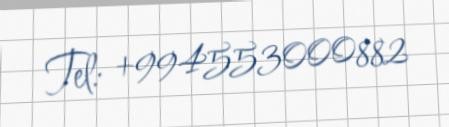
Tel: +994553000882